Vaccination Hyderabad 1890-1903 - 1890-1903
Year: 1890
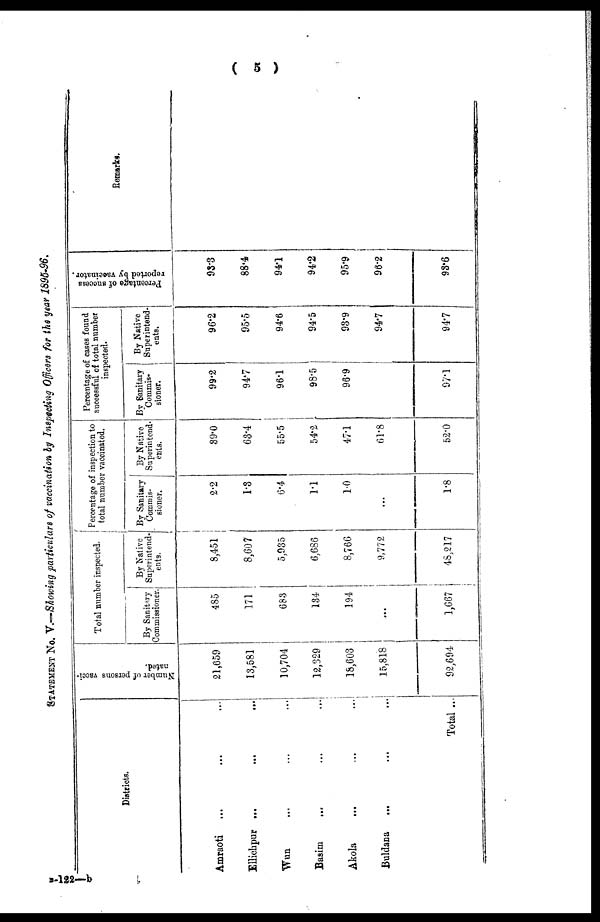
( 5 )
STATEMENT NO. V.—Showing particulars of vaccination by Inspecting Officers for the year 1895-96.
Districts.
Amraoti
...
... ...
Ellichpur ...
...
...
Wun ... ... ...
Basim
...
...
...
Akola ... ... ...
Buldana
... ... ...
Total ...
Number of persons vacci-
nated.
21,659
13,581
10,704
12,329
18,603
15,818
92,694
Total number inspected.
By Sanitary
Commissioner.
485
171
683
134
194
...
1,667
By Native
Superintend-
ents.
8,451
8,607
5,935
6,686
8,766
9,772
48,217
Percentage of inspection to
total number vaccinated.
By Sanitary
Commis-
sioner.
2.2
1.3
6.4
1.1
1.0
...
1.8
By Native
Superintend¬
ents.
39.0
63.4
55.5
54.2
47.1
61.8
52.0
Percentage of cases found
successful of total number
inspected.
By Sanitary
Commis¬
sioner.
99.2
94.7
96.1
98.5
96.9
97.1
By Native
Superintend¬
ents.
96.2
95.5
94.6
94.5
93.9
94.7
94.7
Percentage of success
reported by vaccinator.
93.3
88.4
94.1
94.2
95.9
96.2
93.6
Remarks.
B-122—b